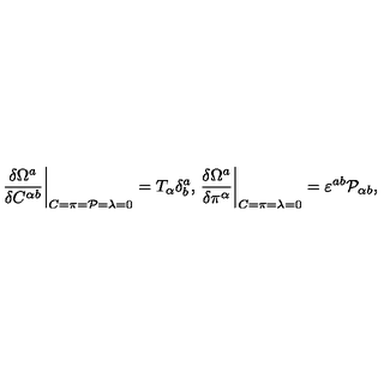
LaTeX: \left. \frac { \delta \Omega ^ { a } } { \delta C ^ { \alpha b } } \right| _ { C = \pi = { \cal P } = \lambda = 0 } = T _ { \alpha } \delta _ { b } ^ { a } , \left. \frac { \delta \Omega ^ { a } } { \delta \pi ^ { \alpha } } \right| _ { C = \pi = \lambda = 0 } = \varepsilon ^ { a b } { \cal P } _ { \alpha b } ,